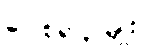
ဂေါစရ ၃-မျိုး